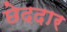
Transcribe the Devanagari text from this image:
छेददार